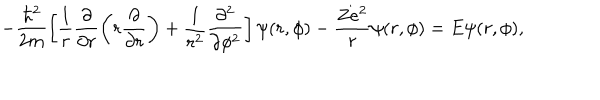
- \frac { \hbar ^ { 2 } } { 2 m } \left[ \frac { 1 } { r } \frac { \partial } { \partial r } \left( r \frac { \partial } { \partial r } \right) + \frac { 1 } { r ^ { 2 } } \frac { \partial ^ { 2 } } { \partial \phi ^ { 2 } } \right] \psi ( r , \phi ) - \frac { Z e ^ { 2 } } { r } \psi ( r , \phi ) = E \psi ( r , \phi ) ,